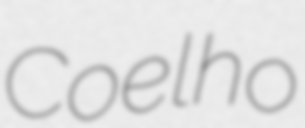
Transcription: Coelho